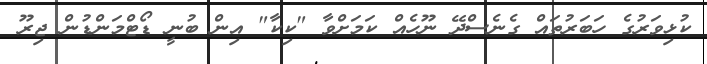
ކުޅިވަރުގެ ހަބަރުތައް ގެނެސްދޭ ނޫހެއް ކަމަށްވާ "ކިކާ" އިން ބުނީ ޑޯޓްމަންޑުން ޖިރޫ